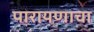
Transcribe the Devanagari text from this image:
पारायणाचा